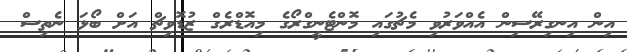
އިން އިނގިރޭސިން އެއްވަރުވި މެޗުގައި މޮންޓެނީގްރޯގެ މިއޮޑްރެގް ޒުޑޮވިޗް އަށް ބޯޅަ ނެތިސް